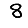
Digit: 8